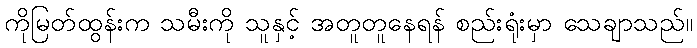
ကိုမြတ်ထွန်းက သမီးကို သူနှင့် အတူတူနေရန် စည်းရုံးမှာ သေချာသည်။